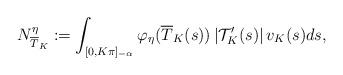
LaTeX: \begin{align*}N^{\eta}_{\overline{T}_K}:=\int_{[0,K\pi]_{-\alpha}}\varphi_{\eta}(\overline{T}_K(s))\left|\mathcal {T}^{\prime}_K(s)\right|v_K(s)ds,\end{align*}